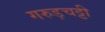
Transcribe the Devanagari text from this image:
गरुड़चट्टी